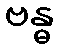
ဗန္ဓ